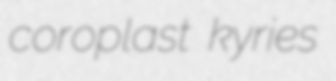
coroplast kyries